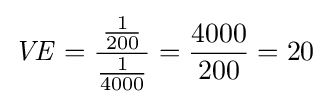
{\mathit {VE}}={\frac {\frac {1}{200}}{\frac {1}{4000}}}={\frac {4000}{200}}=20